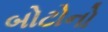
બોટોનો